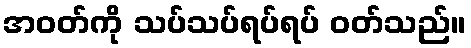
အဝတ်ကို သပ်သပ်ရပ်ရပ် ဝတ်သည်။